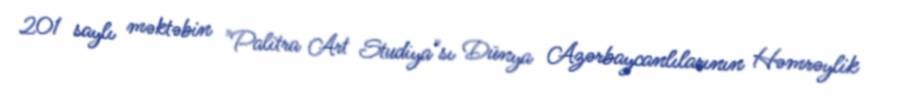
201 saylı məktəbin "Palitra Art Studiya"sı Dünya Azərbaycanlılarının Həmrəylik